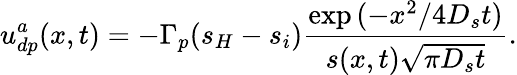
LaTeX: u_{dp}^{a}(x,t)=-\Gamma_{p}(s_{H}-s_{i})\frac{\exp{(-x^{2}/4D_{s}t)}}{s(x,t)\sqrt{\pi D_{s}t}}.